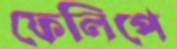
ফেলিপে